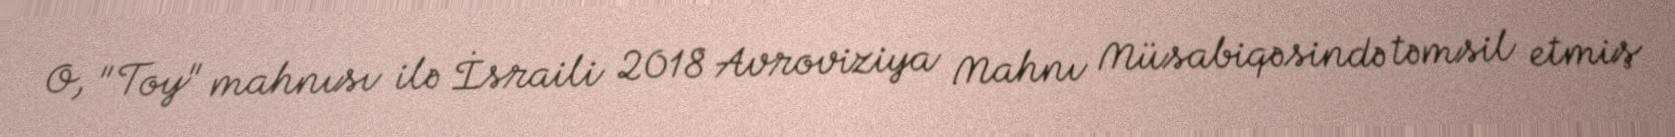
O, "Toy" mahnısı ilə İsraili 2018 Avroviziya Mahnı Müsabiqəsində təmsil etmiş